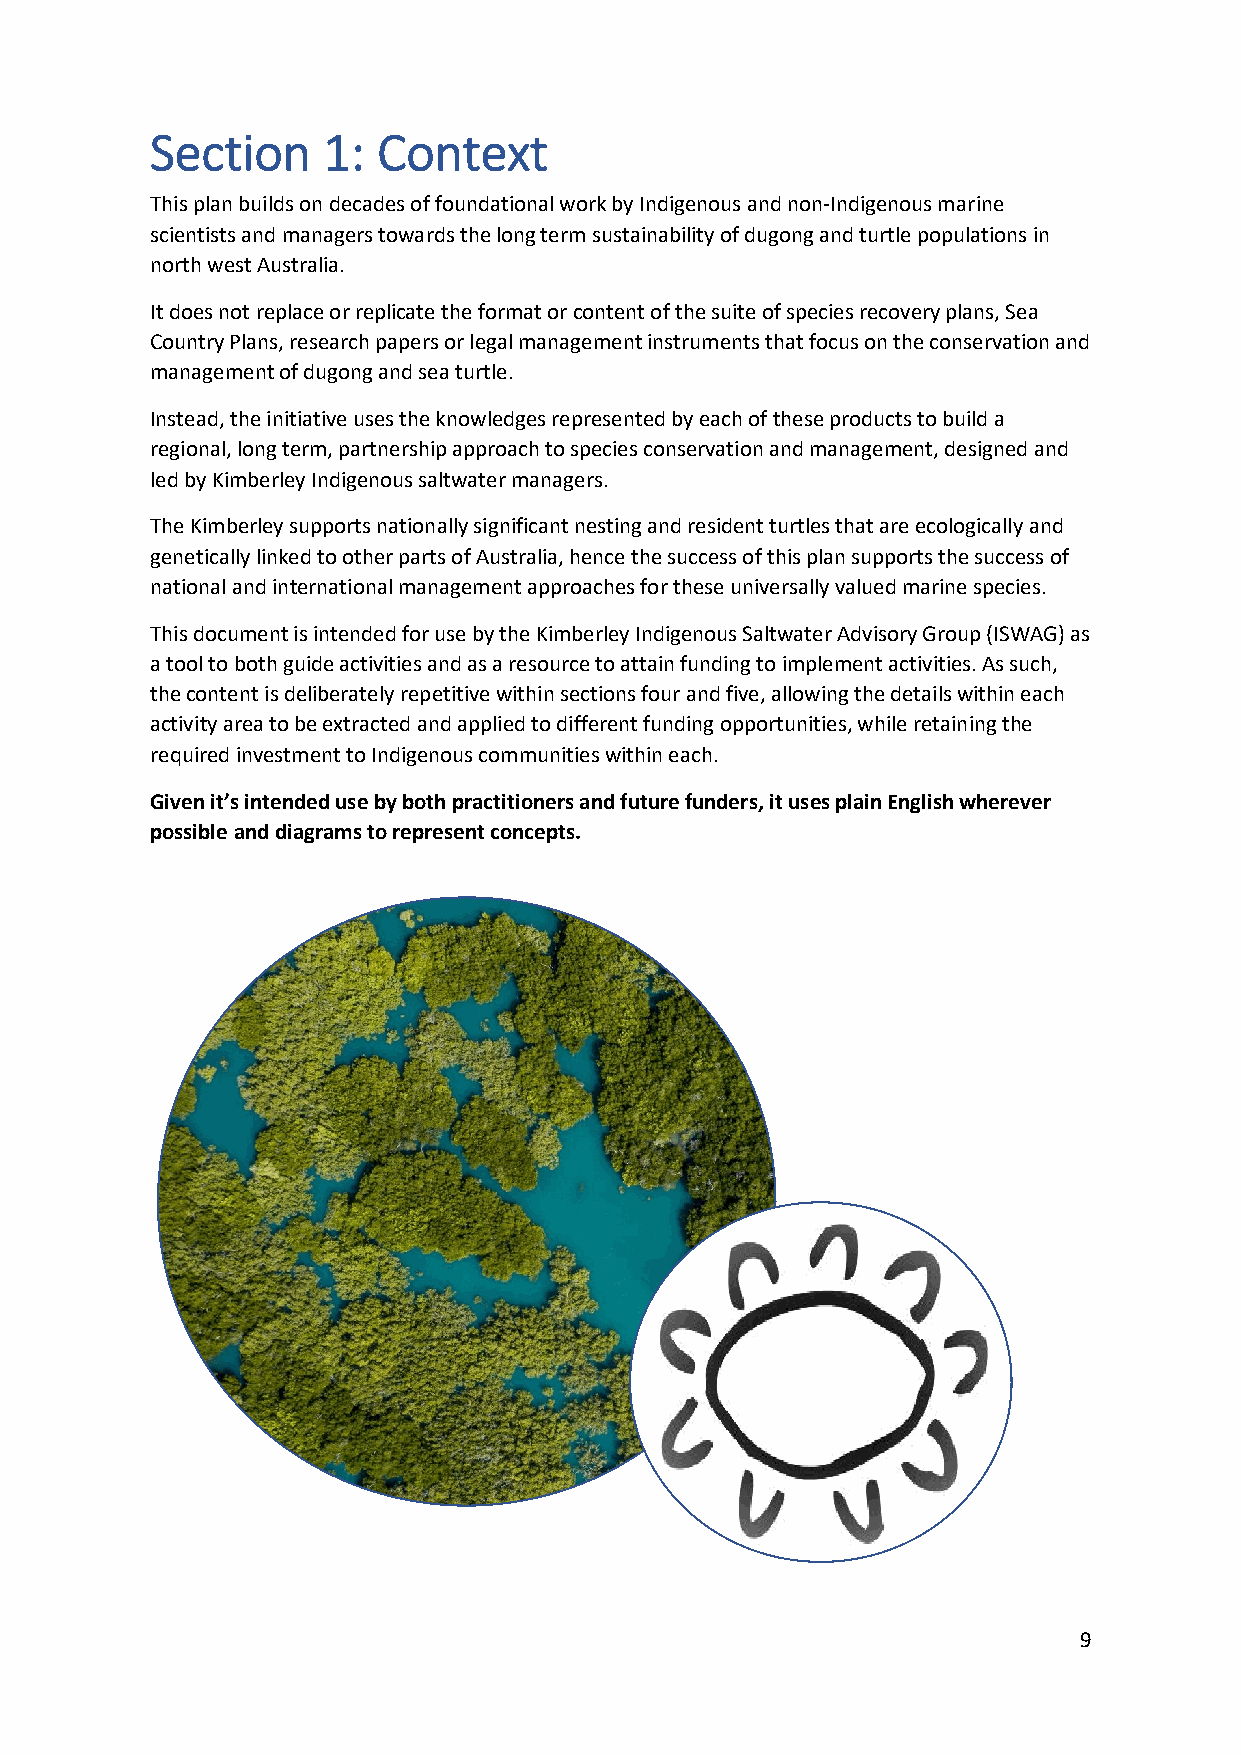
Section    1:  Context
 This plan builds on decades of foundational work by Indigenous and non-Indigenous marine
 scientists and managers towards the long term sustainability of dugong and turtle populations in
 north west Australia.
 It does not replace or replicate the format or content of the suite of species recovery plans, Sea
 Country Plans, research papers or legal management instruments that focus on the conservation and
 management of dugong and sea turtle.
 Instead, the initiative uses the knowledges represented by each of these products to build a
 regional, long term, partnership approach to species conservation and management, designed and
 led by Kimberley Indigenous saltwater managers.
 The Kimberley supports nationally significant nesting and resident turtles that are ecologically and
 genetically linked to other parts of Australia, hence the success of this plan supports the success of
 national and international management approaches for these universally valued marine species.
 This document is intended for use by the Kimberley Indigenous Saltwater Advisory Group (ISWAG) as
 a tool to both guide activities and as a resource to attain funding to implement activities. As such,
 the content is deliberately repetitive within sections four and five, allowing the details within each
 activity area to be extracted and applied to different funding opportunities, while retaining the
 required investment to Indigenous communities within each.
 Given it’s intended use by both practitioners and future funders, it uses plain English wherever
 possible and diagrams to represent concepts.
 9